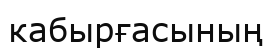
кабырғасының